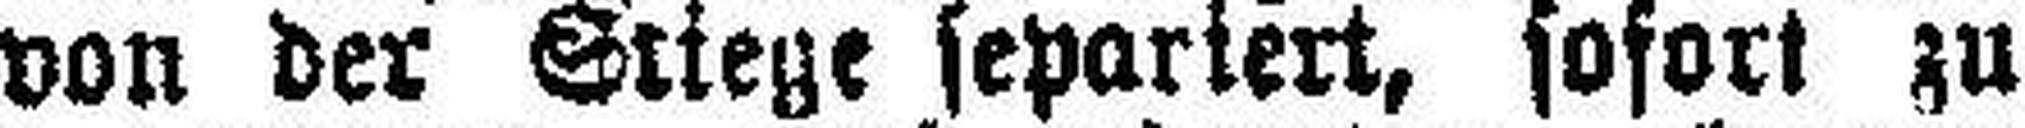
von der Stiege separiert, sofort zu